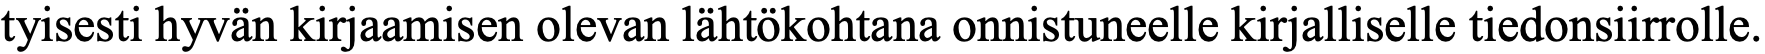
tyisesti hyvän kirjaamisen olevan lähtökohtana onnistuneelle kirjalliselle tiedonsiirrolle.